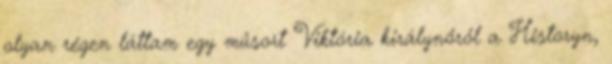
olyan régen láttam egy műsort Viktória királynőről a Historyn,